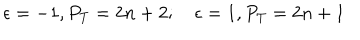
\epsilon = - 1 , P _ { T } = 2 n + 2 ; \quad \epsilon = 1 , P _ { T } = 2 n + 1